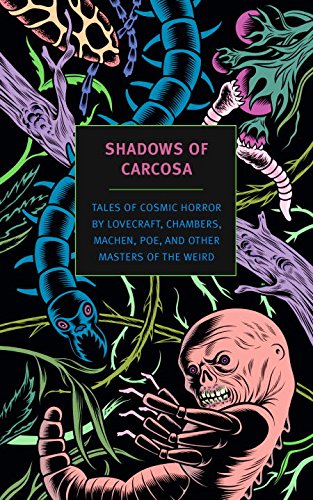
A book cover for Shadows of Carcosa: Tales of Cosmic Horror by Lovecraft, Chambers, Machen, Poe, and Other Masters of the Weird (New York Review Book Classics); H. P. Lovecraft; Science Fiction & Fantasy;